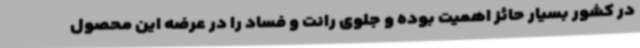
در کشور بسیار حائز اهمیت بوده و جلوی رانت و فساد را در عرضه این محصول